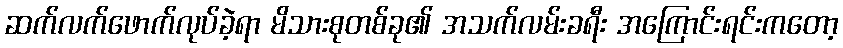
ဆက်လက်ဖောက်လုပ်ခဲ့ရာ မိသားစုတစ်ခု၏ အသက်လမ်းခရီး အကြောင်းရင်းကတော့